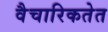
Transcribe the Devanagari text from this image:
वैचारिकतेत